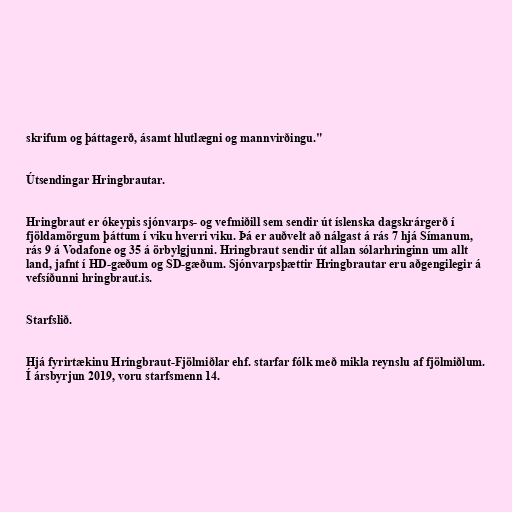
skrifum og þáttagerð, ásamt hlutlægni og mannvirðingu."

Útsendingar Hringbrautar.

Hringbraut er ókeypis sjónvarps- og vefmiðill sem sendir út íslenska dagskrárgerð í
fjöldamörgum þáttum í viku hverri viku. Þá er auðvelt að nálgast á rás 7 hjá Símanum,
rás 9 á Vodafone og 35 á örbylgjunni. Hringbraut sendir út allan sólarhringinn um allt
land, jafnt í HD-gæðum og SD-gæðum. Sjónvarpsþættir Hringbrautar eru aðgengilegir á
vefsíðunni hringbraut.is.

Starfslið.

Hjá fyrirtækinu Hringbraut-Fjölmiðlar ehf. starfar fólk með mikla reynslu af fjölmiðlum.
Í ársbyrjun 2019, voru starfsmenn 14.